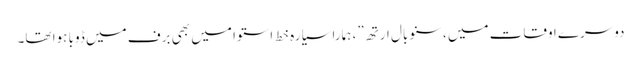
دوسرے اوقات میں ،سنو بال ارتھ”، ہمارا سیارہ خط استوا میں بھی برف میں ڈوبا ہوا تھا۔